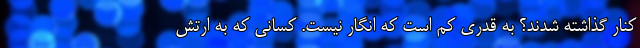
کنار گذاشته شدند؟ به قدری کم است که انگار نیست. کسانی که به ارتش